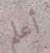
أعلم